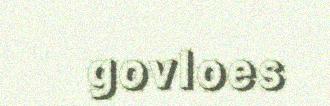
govloes